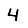
Digit: 4